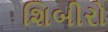
શિબીરો